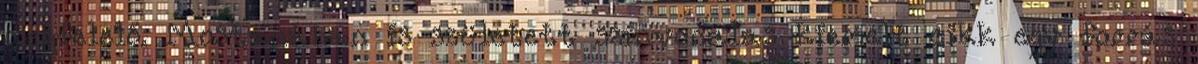
megfelelő. Mostanában is született színvonalas kiemelt cikk egy forrás